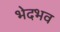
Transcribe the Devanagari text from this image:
भेदभव